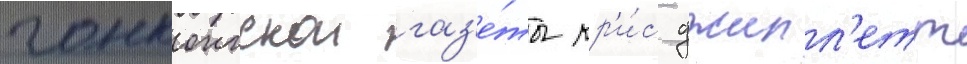
гонконгскои газ'е́ты кр'и́с джилл'етт